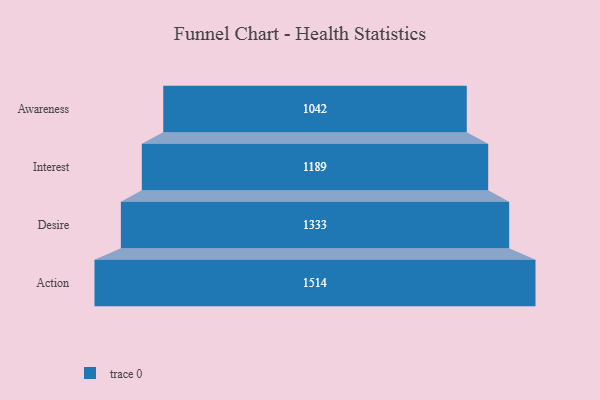
{"axis": {"x": "Stage", "y": "Value"}, "legend": [""], "data": [{"x": "Awareness", "y": 1042.0, "type": ""}, {"x": "Interest", "y": 1189.0, "type": ""}, {"x": "Desire", "y": 1333.0, "type": ""}, {"x": "Action", "y": 1514.0, "type": ""}]}